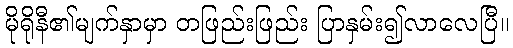
မိုရိုနီ၏မျက်နှာမှာ တဖြည်းဖြည်း ပြာနှမ်း၍လာလေပြီ။